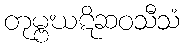
တုမ္ဗဃဋိဆဝသီသံ